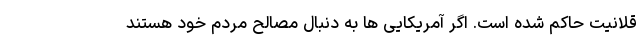
قلانیت حاکم شده است. اگر آمریکایی ها به دنبال مصالح مردم خود هستند